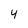
Character: 4